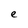
Character: e